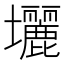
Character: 𡔉